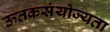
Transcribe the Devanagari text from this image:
ऊतकसंयोज्यता